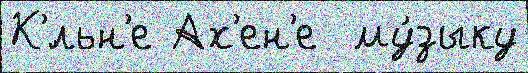
К'́льн'е Ах'ен'е  му́зыку